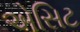
એસિટ